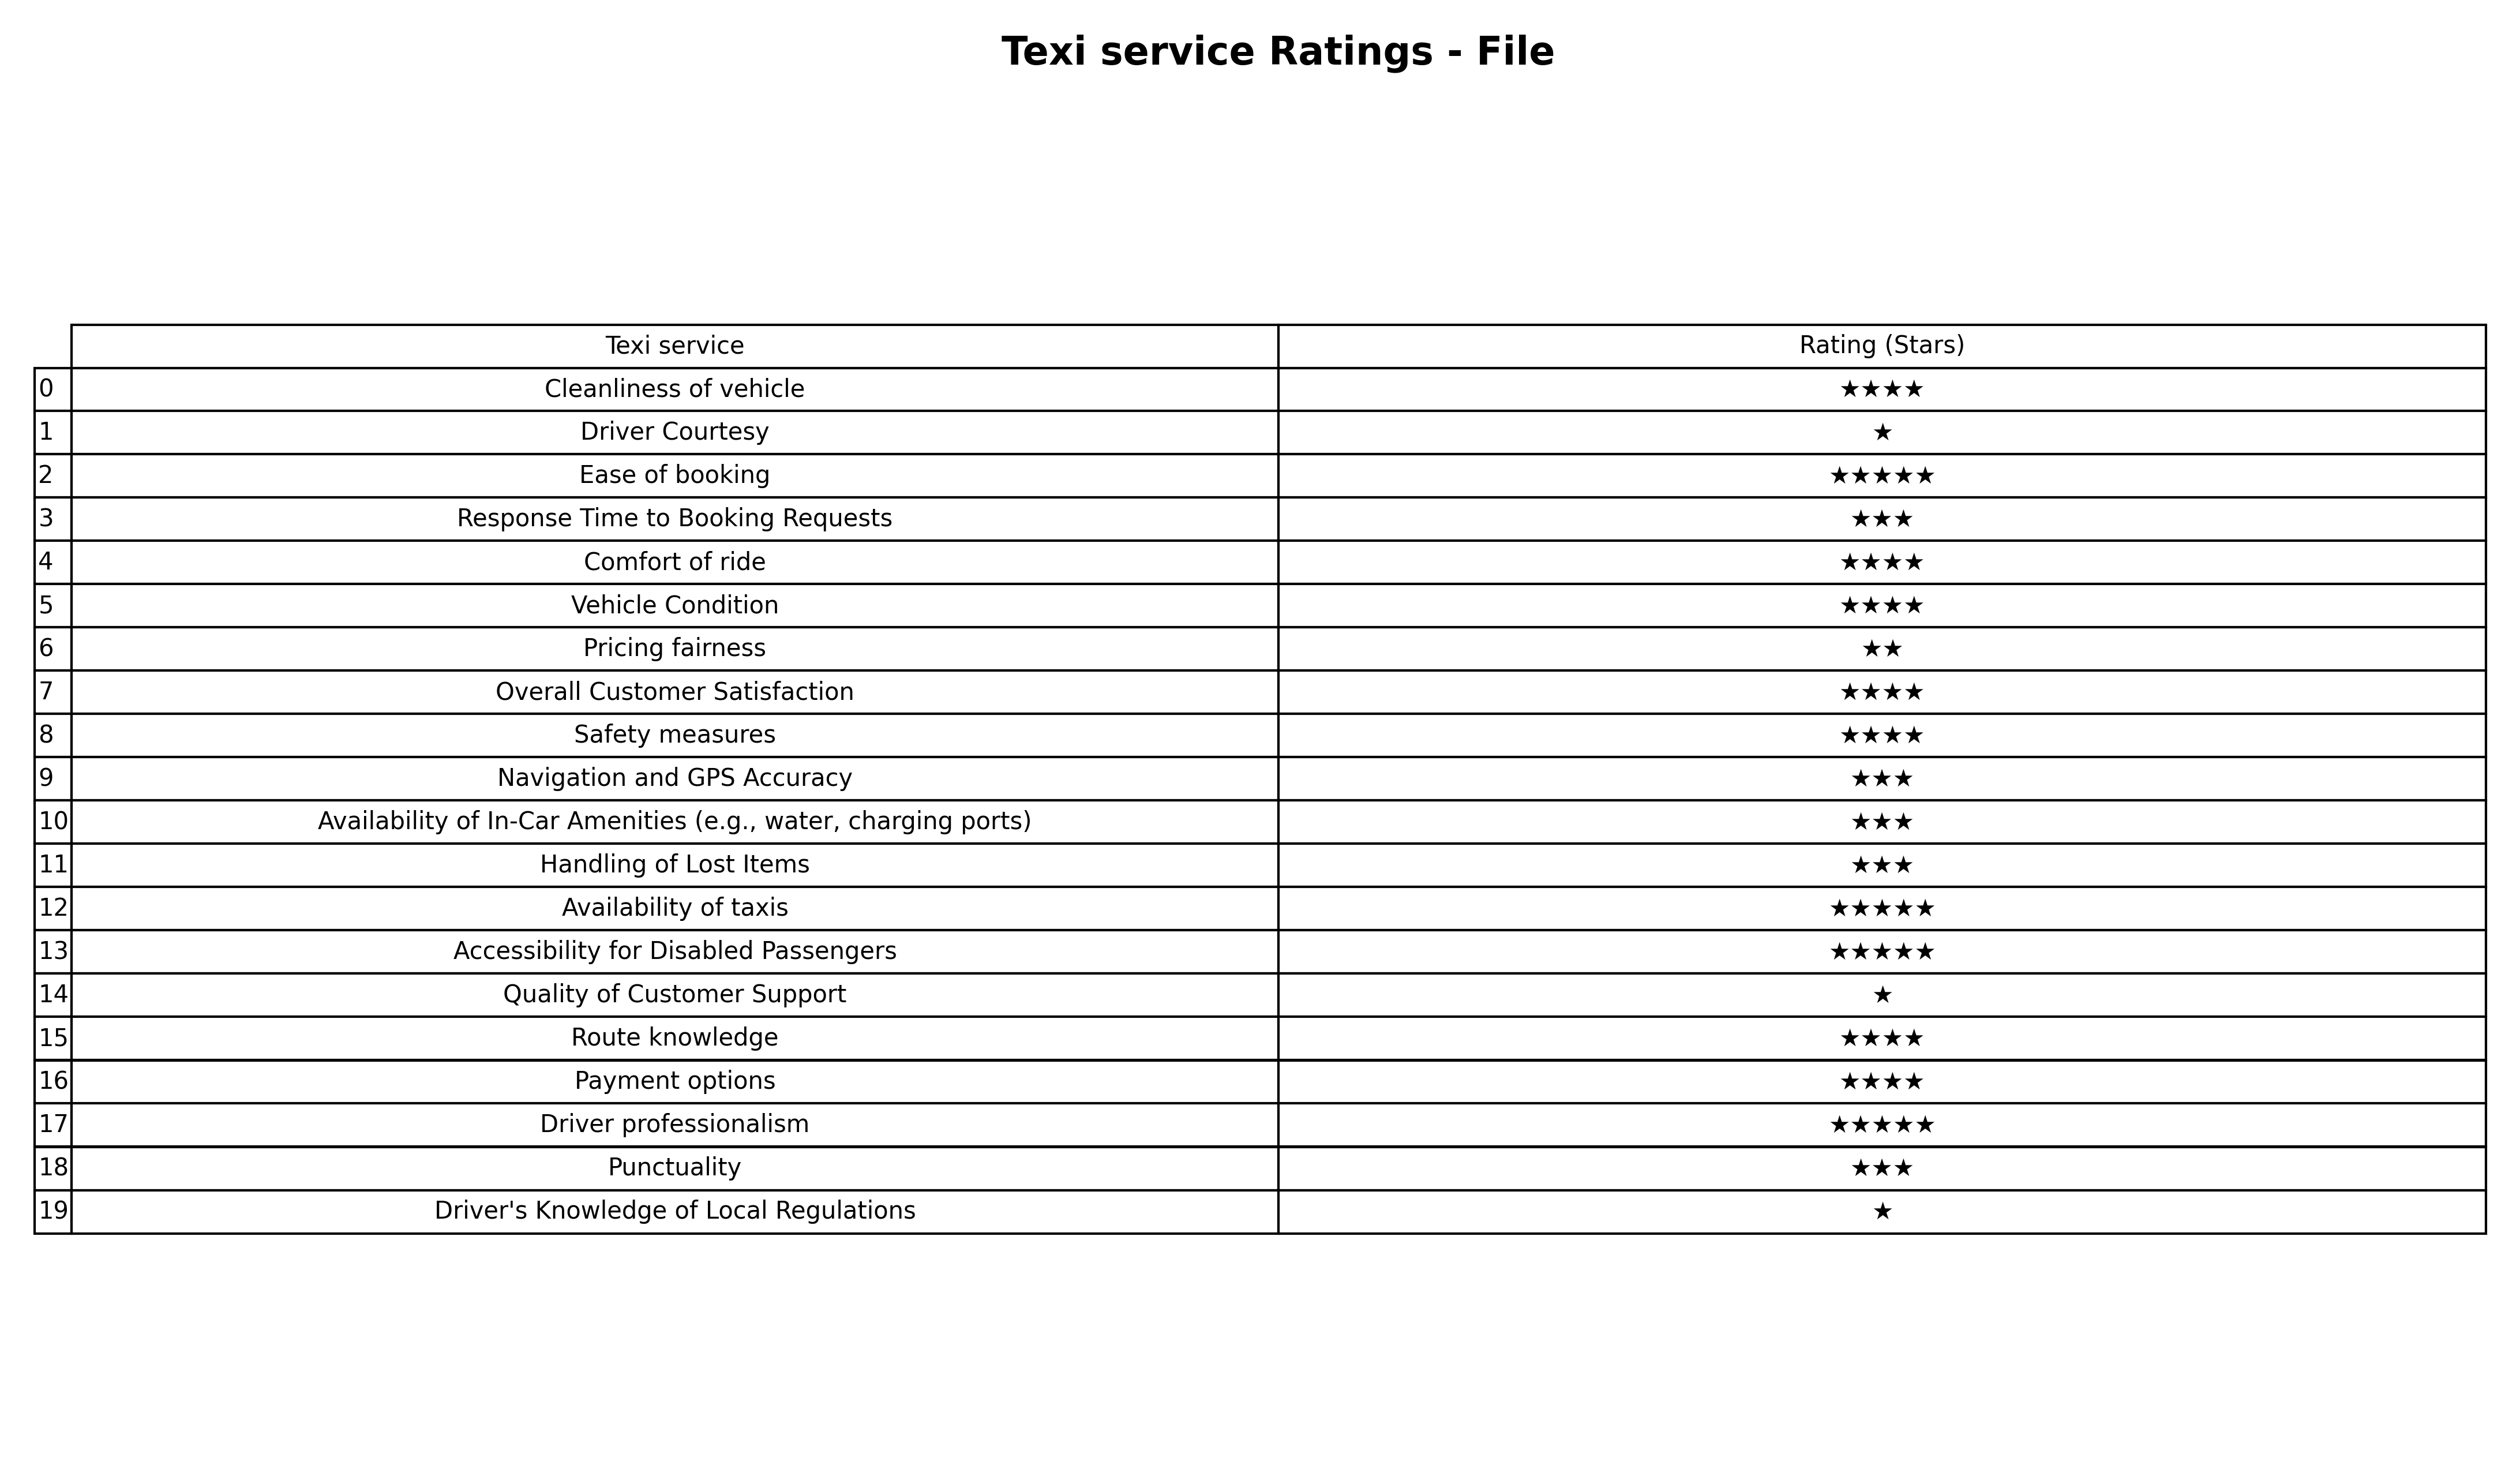
question: What are one star services?
answer: Driver CourtesyQuality of Customer SupportDriver's Knowledge of Local Regulations